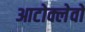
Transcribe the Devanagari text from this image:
आटोक्लेवों